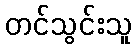
တင်သွင်းသူ